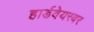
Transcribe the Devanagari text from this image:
हार्डवेयरवर